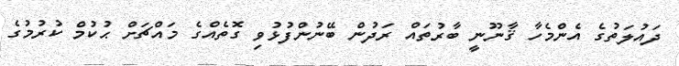
ދައުލަތުގެ އެންމެހާ ޤާނޫނީ ބާރުތައް ރަދުން ބޭނުންފުޅުވި ގޮތެއްގެ މައްޗަށް ޙުކުމް ކުރުމުގެ